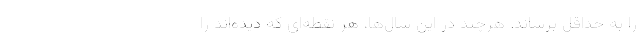
را به حداقل برساند. هرچند در این سال‌ها، هر نقطه‌ای که دیده‌اند را